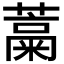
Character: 𬞹